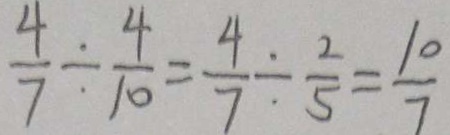
\frac { 4 } { 7 } \div \frac { 4 } { 1 0 } = \frac { 4 } { 7 } \div \frac { 2 } { 5 } = \frac { 1 0 } { 7 }